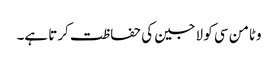
وٹامن سی کو لاجین کی حفاظت کرتا ہے۔